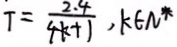
T = \frac { 2 . 4 } { 4 K + 1 } , K \in N ^ { \ast }